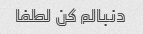
دنبالم کن لطفا